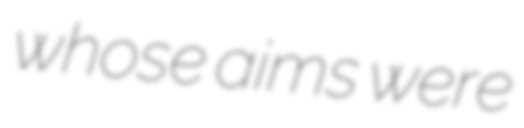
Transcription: whose aims were